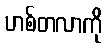
ဟစ်တလာကို